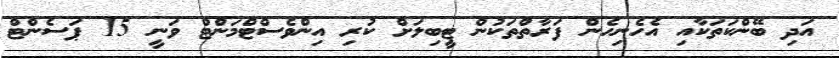
އަދި ބޭންކަތަކާއި އެހެނިހެން ފަރާތްތަކުން ޓީބިލަށް ކުރި އިންވެސްޓްމަންޓް ވަނީ 15 ޕަސެންޓް